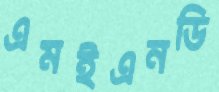
এমইএনডি